Lunatic asylums Central Provinces reports 1910-1926 - 1910-1926
Year: 1910
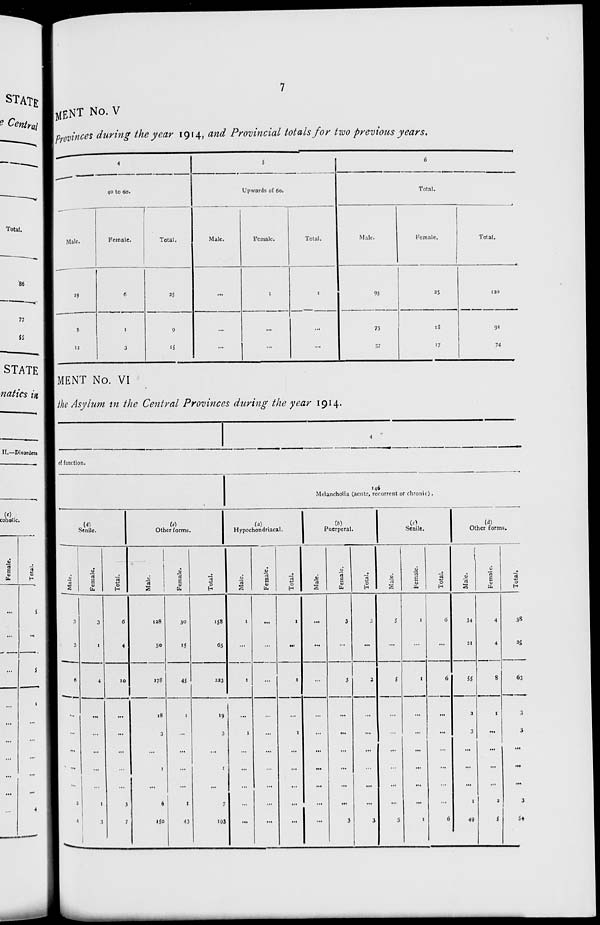
7
MENT No. V
provinces during the year 1914, and Provincial totals for two previous years.
4
40 to 60.
Male
19
8
12
Female.
6
1
3
Total.
25
9
15
5
Upwards of 60.
Male.
...
...
...
Female.
1
...
...
Total.
1
...
...
6
Total.
Male.
95
73
57
Female.
25
18
17
Total.
120
91
74
MENT No. VI
the Asylum in the Central Provinces during the year 1914.
4
of function.
(d)
Senile.
Male.
3
3
6
...
...
...
...
...
2
4
Female.
3
1
4
...
...
...
...
...
1
3
Total.
6
4
10
...
...
...
...
...
3
7
(e)
Other forms.
Male.
128
50
178
18
3
...
1
...
6
150
Female.
30
15
45
1
...
...
...
...
1
43
Total.
158
65
233
19
3
...
1
...
7
193
146
Melancholia (acute, recurrent or chronic).
(a)
Hypochondriacal.
Male.
1
...
1
...
1
...
...
...
...
...
Female.
...
...
...
...
...
...
...
...
...
...
Total.
1
...
1
...
1
...
...
...
...
...
(b)
Puerperal.
Male.
...
...
...
...
...
...
...
...
...
...
Female.
3
...
3
...
...
...
...
...
...
3
Total.
3
...
3
...
...
...
...
...
...
3
(c)
Senile.
Male.
5
...
5
...
...
...
...
...
...
5
Female.
1
...
1
...
...
...
...
...
...
1
Total.
6
...
6
...
...
...
...
...
...
6
(d)
Other forms.
Male.
34
21
55
2
3
...
...
...
1
49
Female.
4
4
8
1
...
...
...
...
2
5
Total.
38
25
63
3
3
...
...
...
3
54